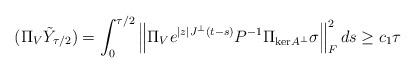
LaTeX: \begin{align*}\begin{aligned}(\Pi_V \tilde{Y}_{\tau/2}) &= \int_0^{\tau/2} \left\| \Pi_V e^{|z| J^\perp (t-s)}P^{-1}\Pi_{\mathrm{ker}A^\perp} \sigma \right\|_F^2 ds \ge c_1 \tau\end{aligned}\end{align*}